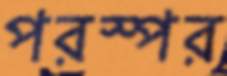
পরস্পর